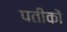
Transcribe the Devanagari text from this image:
पतीकों